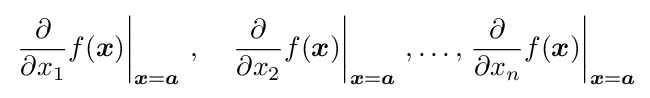
\left.{\frac {\partial }{\partial x_{1}}}f({\boldsymbol {x}})\right|_{{\boldsymbol {x}}={\boldsymbol {a}}}\,,\quad \left.{\frac {\partial }{\partial x_{2}}}f({\boldsymbol {x}})\right|_{{\boldsymbol {x}}={\boldsymbol {a}}}\,,\ldots ,\left.{\frac {\partial }{\partial x_{n}}}f({\boldsymbol {x}})\right|_{{\boldsymbol {x}}={\boldsymbol {a}}}